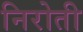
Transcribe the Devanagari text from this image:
निरोती